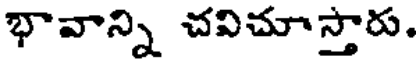
భావాన్ని చవిచూస్తారు.